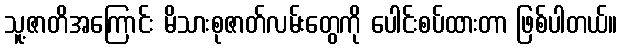
သူ့ဇာတိအကြောင်း မိသားစုဇာတ်လမ်းတွေကို ပေါင်းစပ်ထားတာ ဖြစ်ပါတယ်။